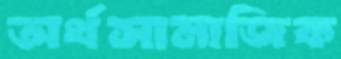
অর্থসামাজিক